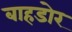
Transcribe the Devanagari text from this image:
बाहडोर